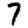
Digit: 7